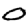
Digit: 0